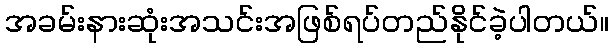
အခမ်းနားဆုံးအသင်းအဖြစ်ရပ်တည်နိုင်ခဲ့ပါတယ်။